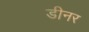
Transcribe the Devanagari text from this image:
डीनर